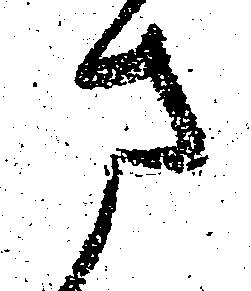
さ